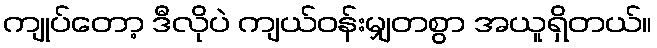
ကျုပ်တော့ ဒီလိုပဲ ကျယ်ဝန်းမျှတစွာ အယူရှိတယ်။